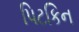
પિટકિન